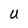
Character: U